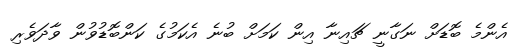
އެންމެ ބޮޑަށް ނަގާނީ ޗައިނާ އިން ކަމަށް ބުނެ އެކަމުގެ ކަންބޮޑުވުން ވާދަވެރި